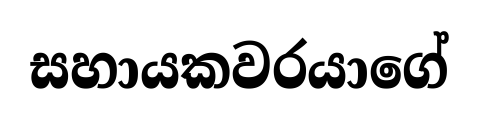
සහායකවරයාගේ